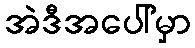
အဲဒီအပေါ်မှာ